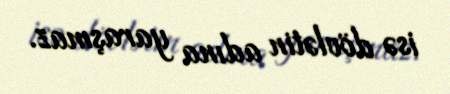
isə dövlətin adına yaraşmaz.